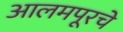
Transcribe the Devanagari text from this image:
आलमपूरचे